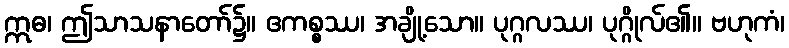
ဣဓ၊ ဤသာသနာတော်၌။ ဧကစ္စဿ၊ အချို့သော။ ပုဂ္ဂလဿ၊ ပုဂ္ဂိုလ်၏။ ဗဟုကံ၊